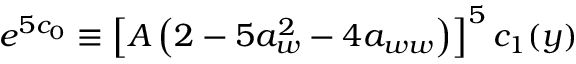
e ^ { 5 c _ { 0 } } \equiv \left[ A \left( 2 - 5 a _ { w } ^ { 2 } - 4 a _ { w w } \right) \right] ^ { 5 } c _ { 1 } ( y )